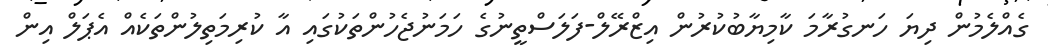
ގެއްލެމުން ދިޔަ ހަނގުރާމަ ކާމިޔާބުކުރުން އިޒްރޭލް-ފަލަސްތީނުގެ ހަމަނުޖެހުންތަކުގައި އާ ކުރިމަތިލުންތަކެއް އެޕަލް އިން